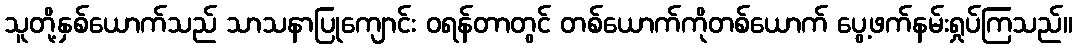
သူတို့နှစ်ယောက်သည် သာသနာပြုကျောင်း ဝရန်တာတွင် တစ်ယောက်ကိုတစ်ယောက် ပွေ့ဖက်နမ်းရှုပ်ကြသည်။